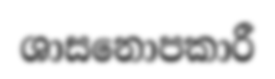
ශාසනොපකාරී